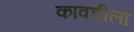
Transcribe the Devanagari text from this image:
कावडीला